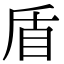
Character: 盾